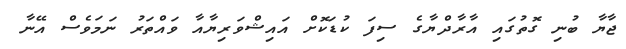
ޖާޔާ ބުނި ގޮތުގައި އާރާދްޔާގެ ސިފަ ކުޑަކޮށް އައިޝްވަރިޔާއާ ވައްތަރު ނަމަވެސް އޭނާ